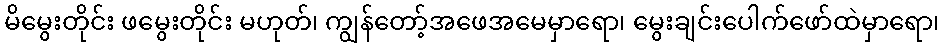
မိမွေးတိုင်း ဖမွေးတိုင်း မဟုတ်၊ ကျွန်တော့်အဖေအမေမှာရော၊ မွေးချင်းပေါက်ဖော်ထဲမှာရော၊